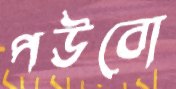
পউবো